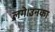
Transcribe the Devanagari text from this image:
लगे।उनका